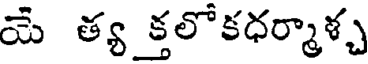
యే త్య క్తలోకధర్మాళ్చ